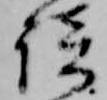
談